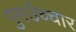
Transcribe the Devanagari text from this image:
पुनर्उच्चार